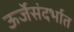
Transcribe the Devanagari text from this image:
ऊर्जेसंदर्भात